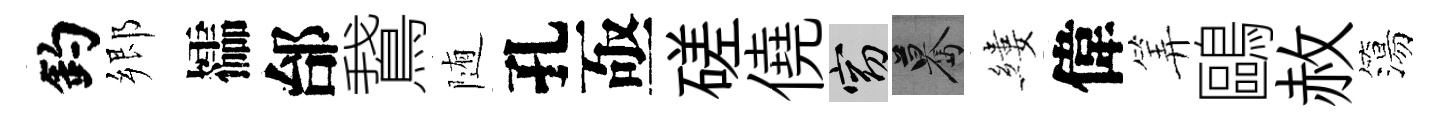
釣郷櫺邰鵞随孔亟磋僥窈驀縷偉筭鷗赦簜